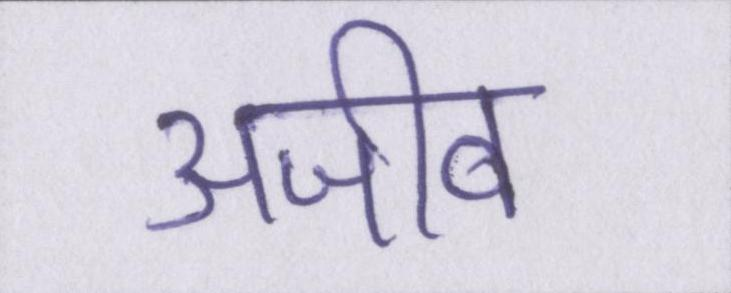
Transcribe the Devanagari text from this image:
अजीब